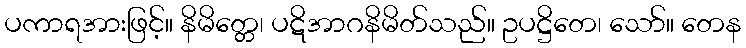
ပကာရအားဖြင့်။ နိမိတ္တေ၊ ပဋိအာဂနိမိတ်သည်။ ဥပဋ္ဌိတေ၊ သော်။ တေန